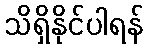
သိရှိနိုင်ပါရန်